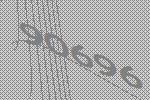
90696